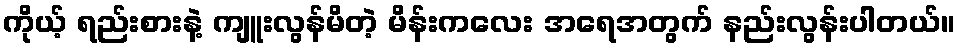
ကိုယ့် ရည်းစားနဲ့ ကျူးလွန်မိတဲ့ မိန်းကလေး အရေအတွက် နည်းလွန်းပါတယ်။